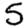
Digit: 5